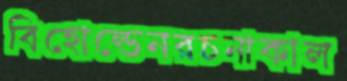
বিহোল্ডেনরচনাকাল